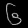
Digit: ၆